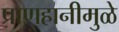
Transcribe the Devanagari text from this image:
प्राणहानीमुळे